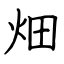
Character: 畑